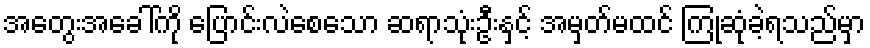
အတွေးအခေါ်ကို ပြောင်းလဲစေသော ဆရာသုံးဦးနှင့် အမှတ်မထင် ကြုံဆုံခဲ့ရသည်မှာ